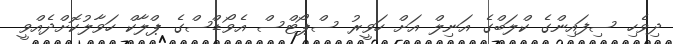
ދިވެހި ސިފައިންގެ ކްލަބްގެ އަނިލް އަށް ހަވީރު ސްޕޯޓްސް އެވޯޑްސްގެ ޕްލާކް ހަވާލުކޮށްދެއްވީ